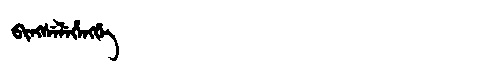
Manchu: ᠪᡳᠩᠰᡝᠯᡝᡥᡝᠩᡤᡝ
Romanization: BINGSELEHENGGE